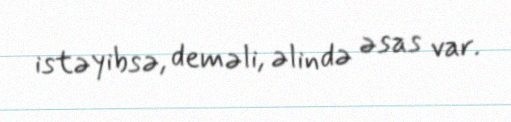
istəyibsə, deməli, əlində əsas var.